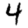
Digit: 4